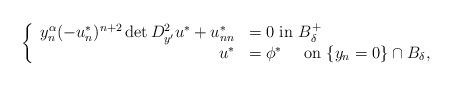
LaTeX: \begin{align*}\left\{\begin{array}{rl}y_n^{\alpha} (-u^*_n)^{n+ 2} \det D^2_{y'}u^* + u^*_{nn} &= 0~\mbox{in}~ B_\delta^{+}\\u^*&= \phi^*~~~~\mbox{on}~\{y_n=0\}\cap B_\delta,\end{array}\right.\end{align*}